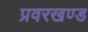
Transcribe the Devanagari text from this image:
प्रवरखण्ड